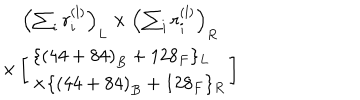
\begin{array} { c } { { \left( \sum _ { i } r _ { i } ^ { ( l ) } \right) _ { L } \times \left( \sum _ { i } r _ { i } ^ { ( l ) } \right) _ { R } } } \\ { { \times \left[ \begin{array} { l } { { \{ \left( 4 4 + 8 4 \right) _ { B } + 1 2 8 _ { F } \} _ { L } } } \\ { { \times \{ \left( 4 4 + 8 4 \right) _ { B } + 1 2 8 _ { F } \} _ { R } } } \\ \end{array} \right] } } \\ \end{array}